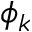
\phi _ { k }